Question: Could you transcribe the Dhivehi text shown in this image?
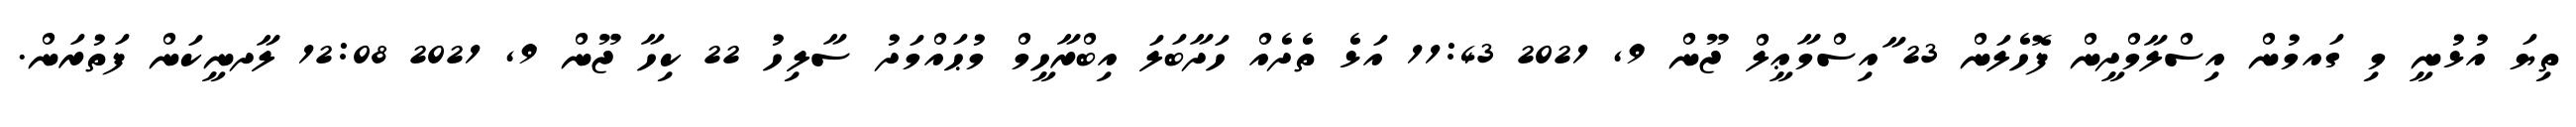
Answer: ތިޔަ އުޅުނީ މި ގައމުން އިސްލާމްދީން ފޮހެލަން 23 ާއިސްމާޢީލް ޖޫން 9, 2021 11:43 އަޅެ ތެދެއް ހަދާބަލަ އިބްރާހީމް މުޙައްމަދު ސާލިހު 22 ކިހާ ޖޫން 9, 2021 12:08 ލާދނީކަން ފަތުރަން.